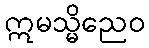
ဣမသ္မိညေဝ